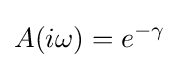
A(i\omega )=e^{-\gamma }\,\!